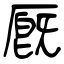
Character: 厩